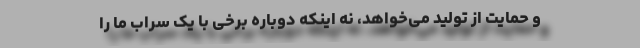
و حمایت از تولید می‌خواهد، نه اینکه دوباره برخی با یک سراب ما را